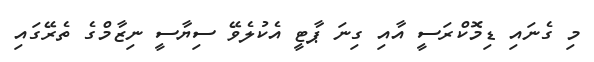
މި ގެނައި ޑިމޮކްރަސީ އާއި ގިނަ ޕާޓީ އެކުލެވޭ ސިޔާސީ ނިޒާމްގެ ތެރޭގައި